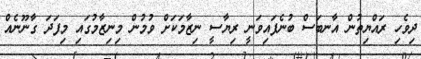
ދިވެހި ރައްޔިތުން އާނބަސް ބުނެފައިވަނީ ރިޔާސީ ނިޒާމަކަށް ވުމުން މިނިޒާމުގައި މިފަދަ ގާނޫނެއް